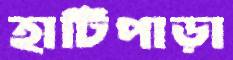
হাটিপাড়া